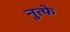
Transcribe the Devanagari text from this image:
नुत्फे